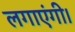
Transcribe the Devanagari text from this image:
लगाएंगी।